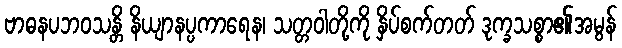
ဗာဓနပဘဝသန္တိ နိယျာနပ္ပကာရေန၊ သတ္တဝါတို့ကို နှိပ်စက်တတ် ဒုက္ခသစ္စာ၏အမွန်